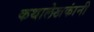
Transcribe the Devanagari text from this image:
कथालेखकांनी